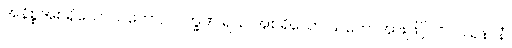
အနိစ္စအစရှိသောသဘော, လက္ခဏ ရသ အစရှိသော သဘောအားဖြင့်။ ဝိပဿနာနံ၊